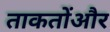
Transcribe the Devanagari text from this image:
ताकतोंऔर